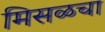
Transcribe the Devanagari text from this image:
मिसळचा